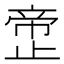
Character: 𰙲